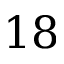
1 8